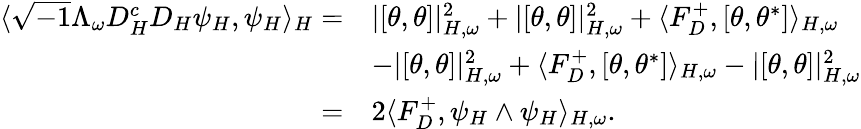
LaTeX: \begin{array}{rl}{\langle\sqrt{-1}\Lambda_{\omega}D_{H}^{c}D_{H}\psi_{H},\psi_{H}\rangle_{H}=}&{|[\theta,\theta]|_{H,\omega}^{2}+|[\theta,\theta]|_{H,\omega}^{2}+\langle F_{D}^{+},[\theta,\theta^{*}]\rangle_{H,\omega}}\\ &{-|[\theta,\theta]|_{H,\omega}^{2}+\langle F_{D}^{+},[\theta,\theta^{*}]\rangle_{H,\omega}-|[\theta,\theta]|_{H,\omega}^{2}}\\ {=}&{2\langle F_{D}^{+},\psi_{H}\wedge\psi_{H}\rangle_{H,\omega}.}\end{array}